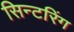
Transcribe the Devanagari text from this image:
सिन्टरिंग